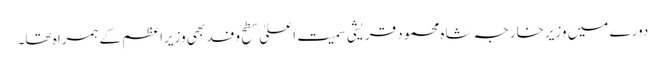
دورے میں وزیرخارجہ شاہ محمود قریشی سمیت اعلیٰ سطح وفد بھی وزیراعظم کے ہمراہ تھا۔